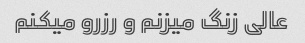
عالی زنگ میزنم و رزرو میکنم